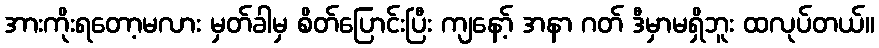
အားကိုးရတော့မလား မှတ်ခါမှ စိတ်ပြောင်းပြီး ကျနော့် အနာ ဂတ် ဒီမှာမရှိဘူး ထလုပ်တယ်။